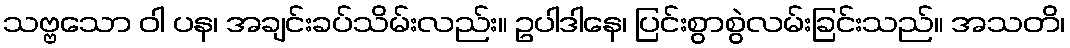
သဗ္ဗသော ဝါ ပန၊ အချင်းခပ်သိမ်းလည်း။ ဥပါဒါနေ၊ ပြင်းစွာစွဲလမ်းခြင်းသည်။ အသတိ၊